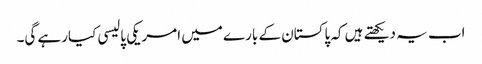
اب یہ دیکھتے ہیں کہ پاکستان کے بارے میں امریکی پالیسی کیارہے گی۔